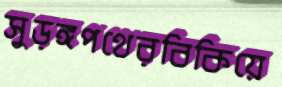
সুড়ঙ্গপথেরবিকিয়ে